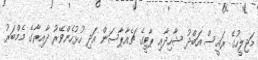
މަޖިލީހުގެ ރައީސް އަބްދު ޝާހިދާއި ޕާޓީގެ ޗެއާޕާސަން އަދި ހުޅުހެންވޭރު ދާއިރާގެ މެމްބަރު